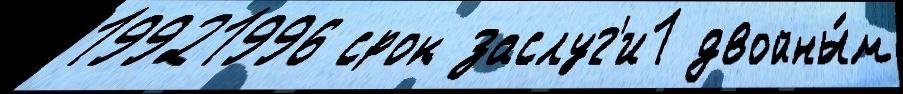
19921996 срок заслуг'и1 двойны́м